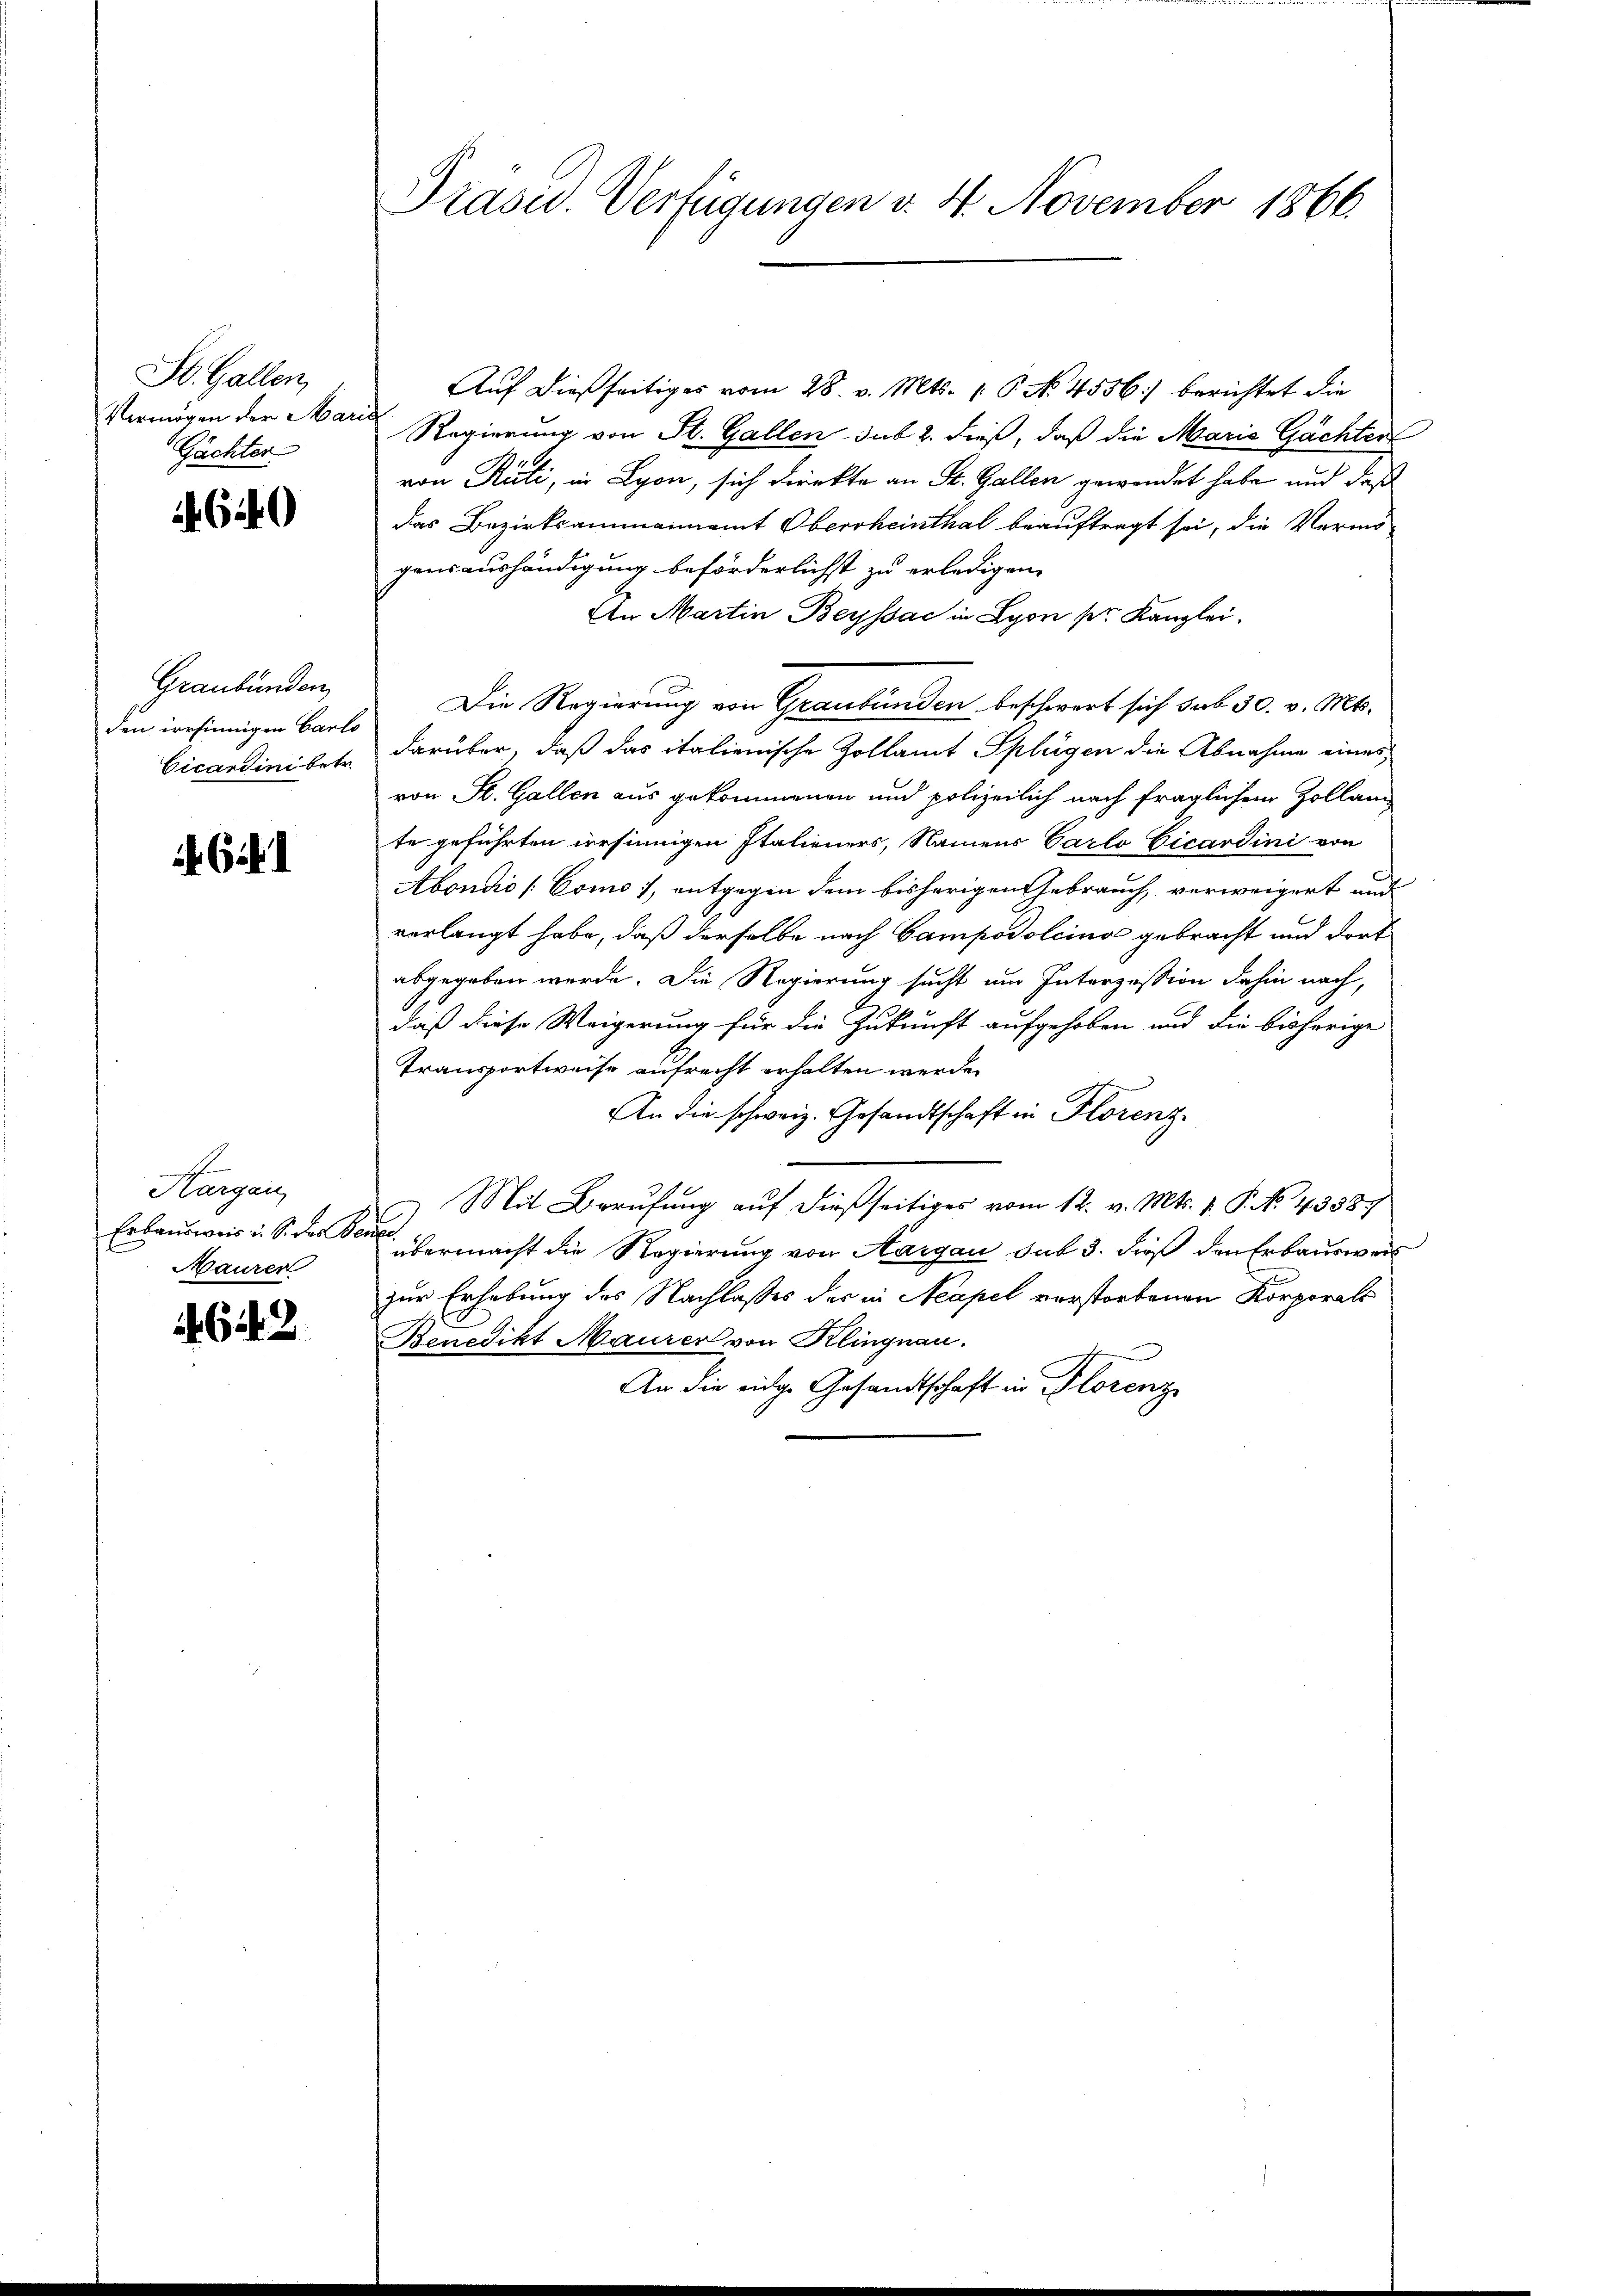
St. Gallen,
Vermögen der Mar¬
Gächter

610

Graubünden,
den irrsinnigen Carlo
Cicardini betr.

641

Hargau
Erbausweis u. S. der den
Maurer

642

Präsid.. Verfügungen v. 4. November 1866

Auf dießseitiges vom 28. v. Mts. 1 P. No. 4556) berichtet die
Regierung von St. Gallen sub 2. dieß, daß die Marie Gächten
von Rüti, in Lyon, sich direkte an St. Gallen gewendet habe und daß
das Bezirksammannamt Oberrheinthal beauftragt sei, die Vermö-
gensaushändigung beförderlichst zu erledigen.
An Martin Beyssac in Lyon ser Kanzlei.
Die Regierung von Graubünden beschwert sich sub 30. v. Mts.
darüber, daß das italienische Zollamt Splügen die Abnahme eines
von St. Gallen aus gekommenen und polizeilich nach fraglichem Zollante geführten dersinnigen Italieners, Namens Carlo Vicardini von
Abondo [Como, entgegen dem bisherigen Gebrauch, verweigert und
verlangt habe, daß derselbe nach Campodolina gebracht und dort
abgegeben werde. Die Regierung sucht um Interzession dahin nach,
daß diese Weigerung für die Zukunft aufgehoben und die bisherige
Transportweise aufrecht erhalten werde.
An die schweiz. Gesandtschaft in Florenz
 Mit Berufung auf dießseitiges vom 12. v. Mts. v. P. No. 43387
e
übermacht die Regierung von Aargau sub 3. dieß den Erbauswal
zur Erhebung des Nachlasses des in Neapel verstorbenen Korporats
Benedikt Maurer von Klingnau.
An die eidge Gesandtschaft in Florenz